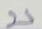
บ